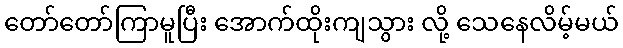
တော်တော်ကြာမူပြီး အောက်ထိုးကျသွား လို့ သေနေလိမ့်မယ်